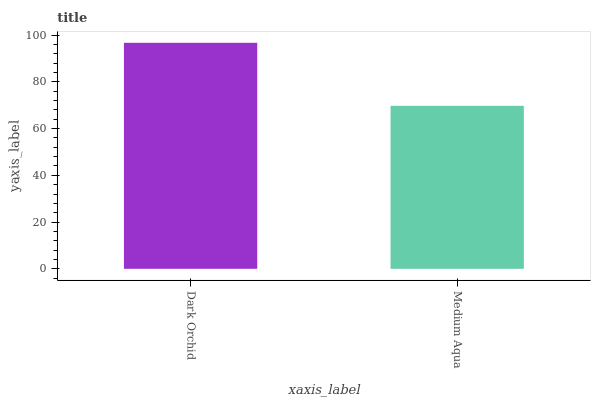
| xaxis_label | bars |
 | --- | --- |
 | Dark Orchid | 96.7 |
 | Medium Aqua | 69.7 |